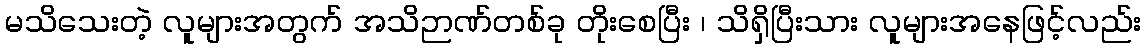
မသိသေးတဲ့ လူများအတွက် အသိဉာဏ်တစ်ခု တိုးစေပြီး ၊ သိရှိပြီးသား လူများအနေဖြင့်လည်း